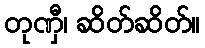
တုဏှီ၊ ဆိတ်ဆိတ်။